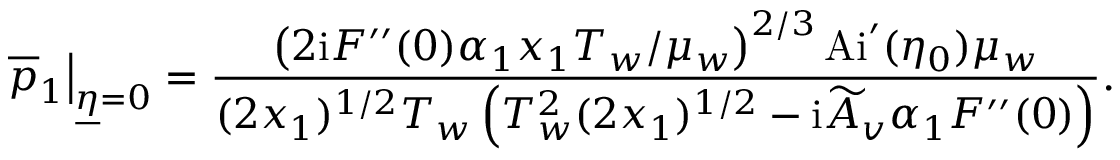
\left. \overline { { p } } _ { 1 } \right\vert _ { \underline { { \eta } } = 0 } = \frac { \left( 2 \mathrm { i } F ^ { \prime \prime } ( 0 ) \alpha _ { 1 } x _ { 1 } T _ { w } / \mu _ { w } \right) ^ { 2 / 3 } \mathrm { A i } ^ { \prime } ( \eta _ { 0 } ) \mu _ { w } } { ( 2 x _ { 1 } ) ^ { 1 / 2 } T _ { w } \left( T _ { w } ^ { 2 } ( 2 x _ { 1 } ) ^ { 1 / 2 } - \mathrm { i } \widetilde { A } _ { v } \alpha _ { 1 } F ^ { \prime \prime } ( 0 ) \right) } .